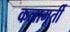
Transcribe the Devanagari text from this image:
कलामूर्ती